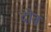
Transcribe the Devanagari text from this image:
दोवं